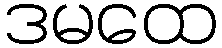
ဒမထေ